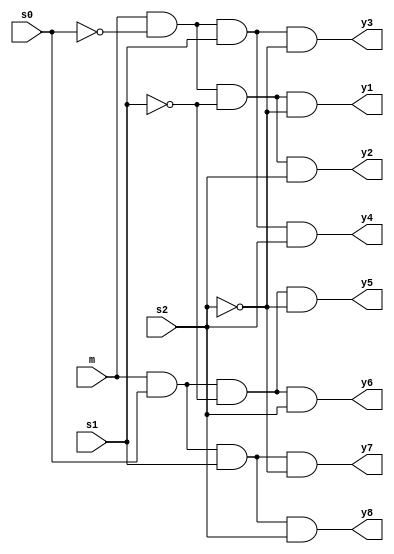
module demux1by8
  (input m,s0,s1,s2,
   output y1,y2,y3,y4,y5,y6,y7,y8);
  wire s0bar,s1bar,s2bar;
  not(s0bar,s0);
  not(s1bar,s1);
  not(s2bar,s2);
  and(y1,m,s0bar,s1bar,s2bar);
  and(y2,m,s0bar,s1bar,s2);
  and(y3,m,s0bar,s1,s2bar);
  and(y4,m,s0bar,s1,s2);
  and(y5,m,s0,s1bar,s2bar);
  and(y6,m,s0,s1bar,s2);
  and(y7,m,s0,s1,s2bar);
  and(y8,m,s0,s1,s2);
endmodule